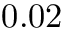
0 . 0 2